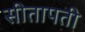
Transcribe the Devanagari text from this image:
सीतापती